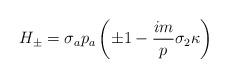
LaTeX: \begin{gather*}H_\pm=\sigma_ap_a\left(\pm1- \frac{im}p\sigma_2\kappa\right)\end{gather*}